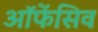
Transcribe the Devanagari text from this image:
ऑफेंसिव